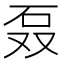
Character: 𰦫